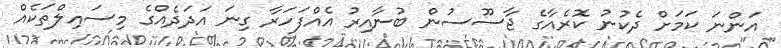
އަންނަ ކަމަށް ދެކުނު ކޮރެއާގެ ޖާސޫސުން ބުނާއިރު އެއްފަހަރާ ގިނަ އަދަދެއްގެ މިސައިލްތަކެއް